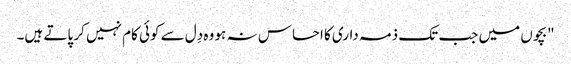
"بچوں میں جب تک ذمہ داری کا احساس نہ ہو وہ دِل سے کوئی کام نہیں کر پاتے ہیں۔